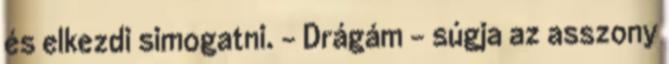
és elkezdi simogatni. - Drágám - súgja az asszony